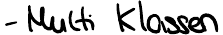
- Multi Klassen